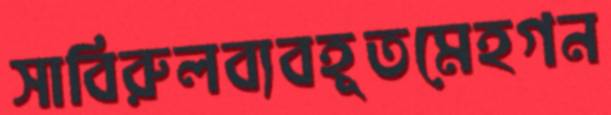
সাবিরুলব্যবহূতমেহগন